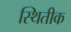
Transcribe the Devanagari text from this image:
स्थितीक